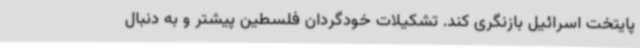
پایتخت اسرائیل بازنگری کند. تشکیلات خودگردان فلسطین پیشتر و به دنبال